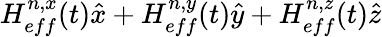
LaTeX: H_{eff}^{n,x}(t)\hat{x}+H_{eff}^{n,y}(t)\hat{y}+H_{eff}^{n,z}(t)\hat{z}